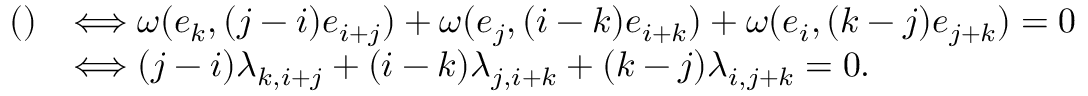
\begin{array} { r l } { ( ) } & { \Longleftrightarrow \omega ( e _ { k } , ( j - i ) e _ { i + j } ) + \omega ( e _ { j } , ( i - k ) e _ { i + k } ) + \omega ( e _ { i } , ( k - j ) e _ { j + k } ) = 0 } \\ & { \Longleftrightarrow ( j - i ) \lambda _ { k , i + j } + ( i - k ) \lambda _ { j , i + k } + ( k - j ) \lambda _ { i , j + k } = 0 . } \end{array}